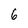
Character: 6